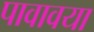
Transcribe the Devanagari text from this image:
पावावया